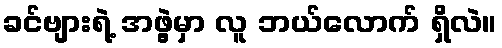
ခင်ဗျားရဲ့ အဖွဲ့မှာ လူ ဘယ်လောက် ရှိလဲ။